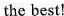
the best!